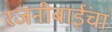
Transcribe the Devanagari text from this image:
रजनीबाईंचा